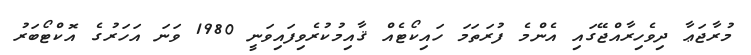
މުރާޖަޢާ ދިވެހިރާއްޖޭގައި އެންމެ ފުރަތަމަ ހައިކޯޓެއް ޤާއިމުކުރެވިފައިވަނީ 1980 ވަނަ އަހަރުގެ އޮކްޓޯބަރު